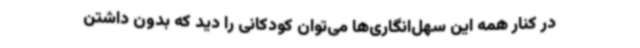
در کنار همه این سهل‌انگاری‌ها می‌توان کودکانی را دید که بدون داشتن